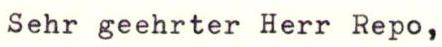
Sehr geehrter Herr Repo,